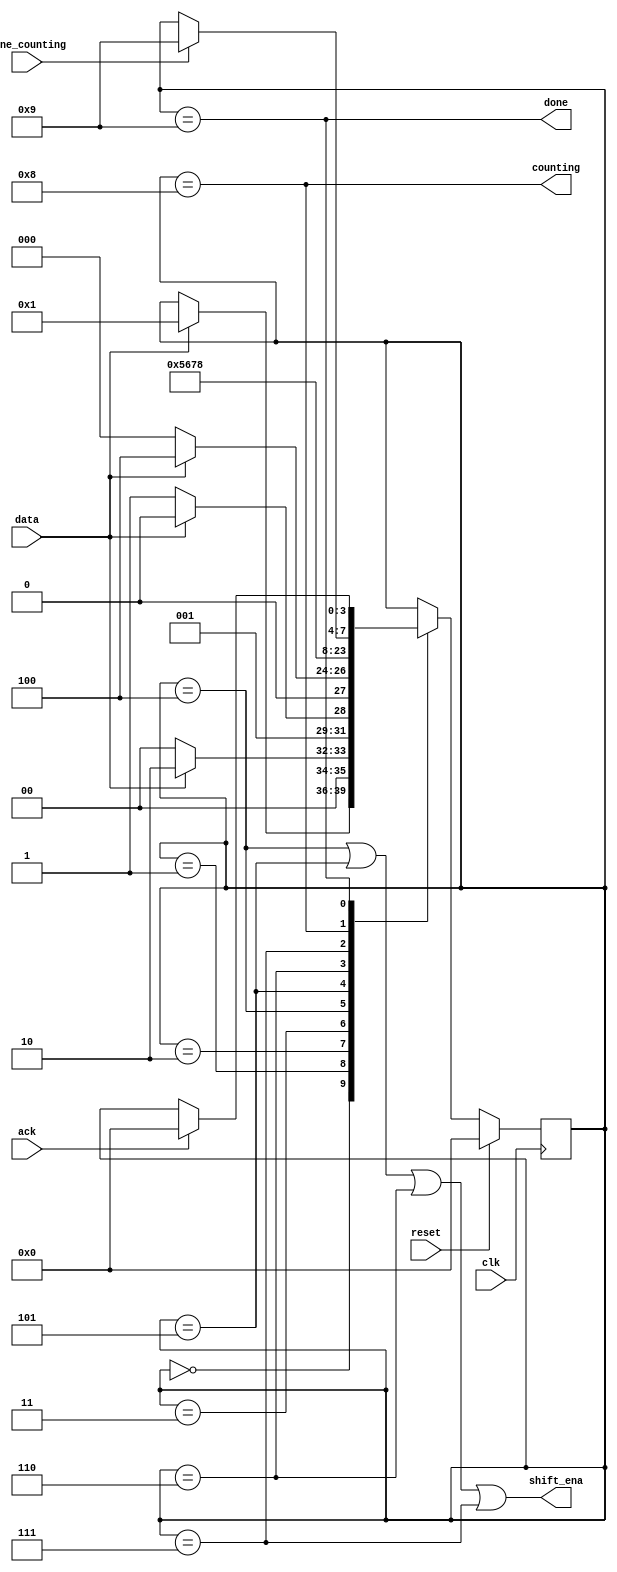
module top_module (
    input clk,
    input reset,      // Synchronous reset
    input data,
    output shift_ena,
    output counting,
    input done_counting,
    output done,
    input ack );
	parameter s0=0,s1=1,s11=2,s110=3,s1101=4,sh1=5,sh2=6,sh3=7,cn=8,dn=9;
    reg [3:0] state , next_state;
    always @(posedge clk)
        if(reset) state <= s0;
    	else state <= next_state;
    always @(*) begin
        next_state = state;
        case (state)
            s0:if(data) next_state = s1;
            s1:if(data) next_state = s11;else next_state = s0;
            s11:if (~data) next_state = s110; else next_state = s11;
            s110:if (data) next_state = s1101; else next_state = s0;
            s1101: next_state = sh1;
            sh1: next_state = sh2;
            sh2: next_state = sh3;
            sh3: next_state = cn;
            cn:if(done_counting) next_state = dn;
            dn:if(ack) next_state=s0;
        endcase
    end
    assign shift_ena = (state == s1101)|(state == sh1)|(state == sh2)|(state == sh3);
    assign counting = (state==cn);
    assign done = (state==dn);
endmodule